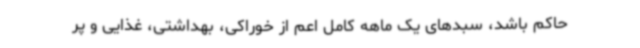
حاکم باشد، سبدهای یک ماهه کامل اعم از خوراکی، بهداشتی، غذایی و پر